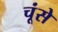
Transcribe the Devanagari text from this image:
चूंसे